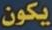
يكون